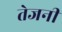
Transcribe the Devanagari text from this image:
तेजनी